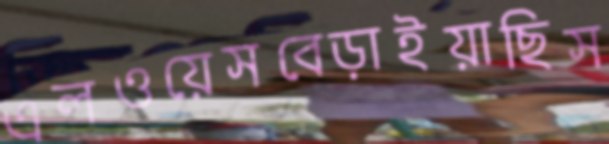
এলওয়েসবেড়াইয়াছিস